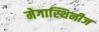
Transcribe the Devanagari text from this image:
मेगास्थिनीज